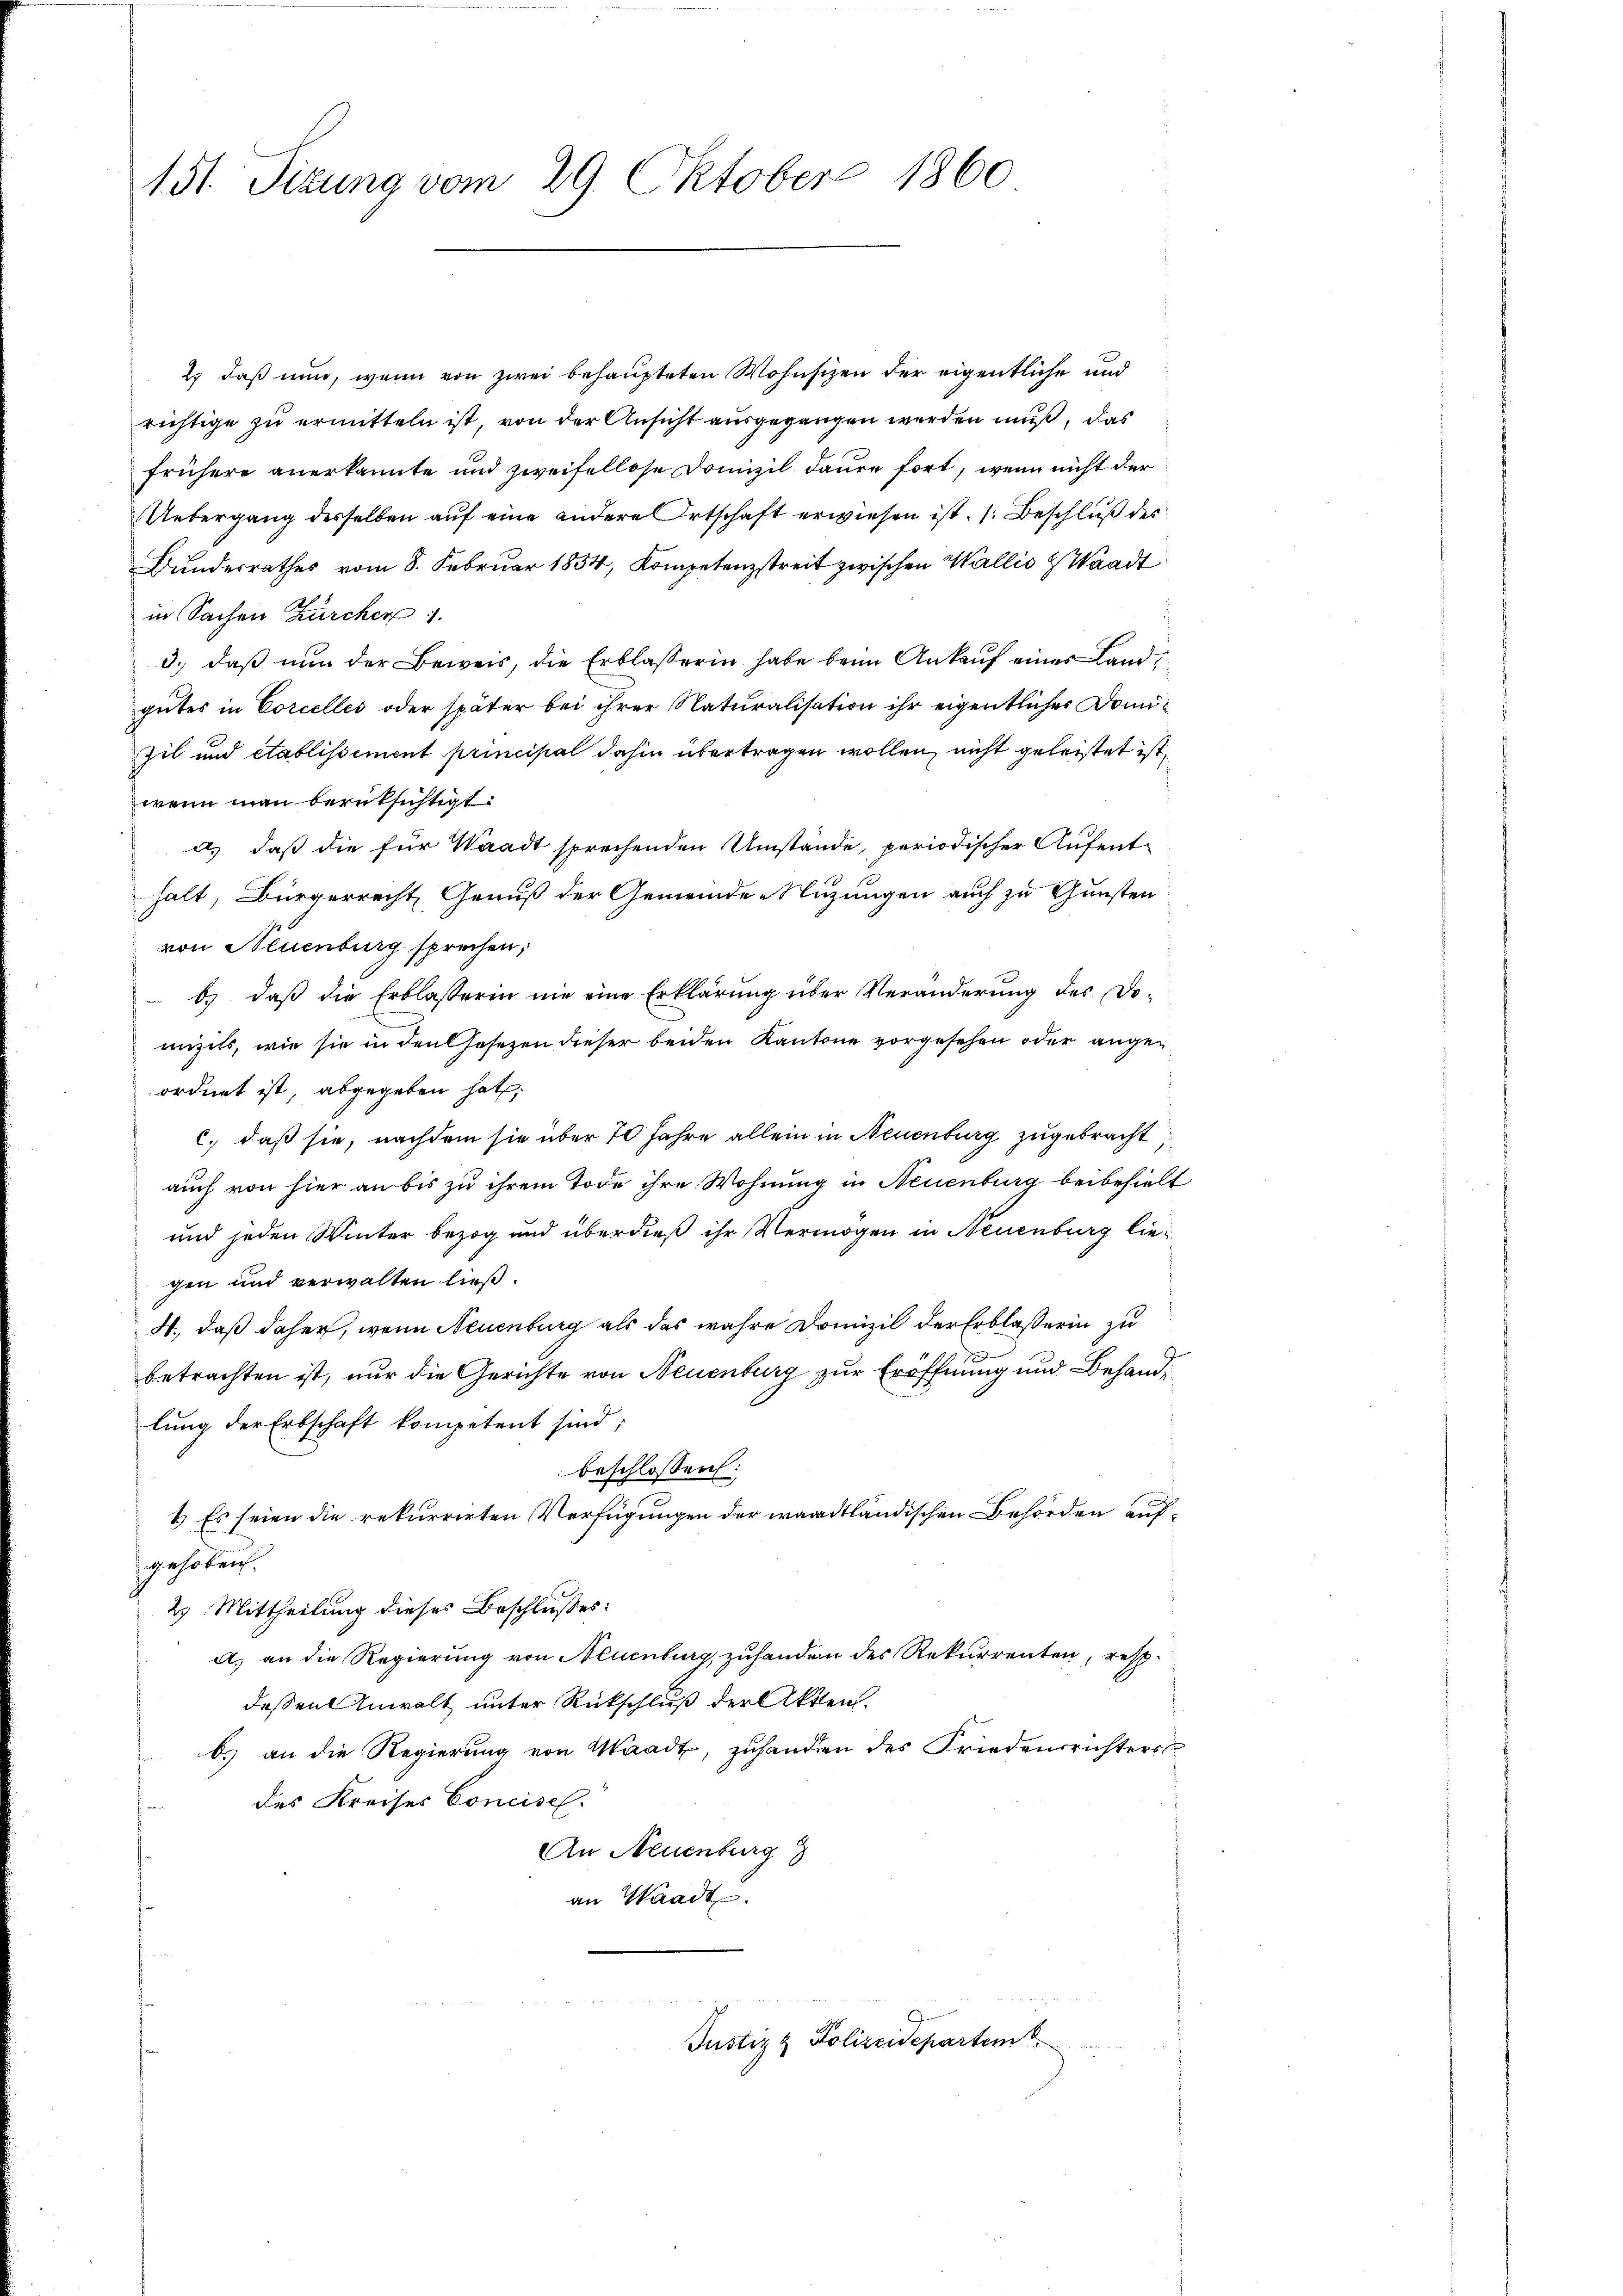
151. Sizung vom 29. Oktober 1860

2) daß nun, wenn von zwei behaupteten Wohnsizen der eigentliche und
richtige zu ermitteln ist, von der Ansicht ausgegangen werden muß, das
frühere anerkannte und zweifellose Domizil daure fort, wenn nicht der
Uebergang desselben auf eine andere Ortschaft erwiesen ist. (: Beschluß des
Bunderrathes vom 8. Februar 1854, Kompetenzstreit zwischen Wallis Waadt
in Sachen Zürcher
3., daß nun der Beweis, die Erblasserin habe beim Ankauf eines Landgutes in Corcelles oder später bei ihrer Naturalisation ihr eigentlicher Domi¬
Zil und etablissement principal dahin übertragen wollen, nicht geleistet ist,
wenn man berüksichtigt.
a) daß die für Waadt sprechenden Umstände, periodischer Aufent-
halt, Bürgerrecht Genuß der Gemeinde Nuzungen auch zu Gunsten
von Neuenburg sprechen,
b. daβ die Erblasserin nie eine Erklärŭng über Veränderŭng des Do-
mizils, wie sie in den Gesezen dieser beiden Kantone vorgesehen oder angeordnet ist, abgegeben hat,
c. daß sie, nachdem sie über 70 Jahre allein in Neuenburg zugebracht
auch von hier an bis zu ihrem Tode ihre Wohnung in Neuenburg beibehielt
und jeden Winter bezog und überdieß ihr Vermögen in Neuenburg liegen und verwalten ließ.
4., daß daher, wenn Neuenburg als das wahre Domizil der Erblaßerin zu
betrachten ist, nur die Gerichte von Neuenburg zur Eröffnung und Behandlung der Erbschaft kompetent sind;
beschlossen:
1.) Es seien die rekurrirten Verfügungen der waadtländischen Behörden aufgehoben.
2. Mittheilung dieses Beschlußes:
A. an die Regierung von Neuenburg, zuhandern des Rekurrenten, resp.
dessen Anwalt unter Rückschluß der Akten.
b. an die Regierung von Waadt, zuhanden des Friedensrichters
des Kreises Concisch.
An Neuenburg
an Waadt
Justiz & Polizeidepartem